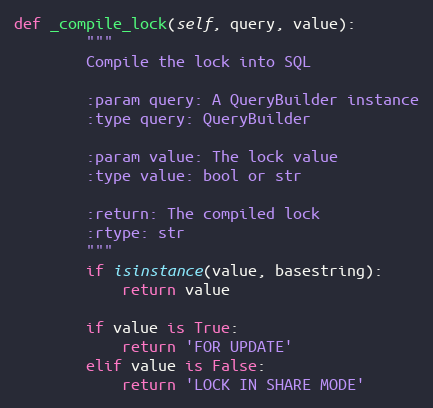
Language: Python
def _compile_lock(self, query, value):
        """
        Compile the lock into SQL

        :param query: A QueryBuilder instance
        :type query: QueryBuilder

        :param value: The lock value
        :type value: bool or str

        :return: The compiled lock
        :rtype: str
        """
        if isinstance(value, basestring):
            return value

        if value is True:
            return 'FOR UPDATE'
        elif value is False:
            return 'LOCK IN SHARE MODE'